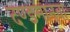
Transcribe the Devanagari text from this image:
दण्डमानवा